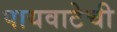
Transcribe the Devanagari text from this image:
पायवाटेची